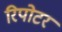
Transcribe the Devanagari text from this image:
रिपोटर